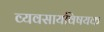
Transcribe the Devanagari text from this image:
व्यवसायविषयक